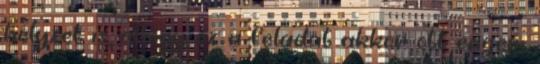
helyzet is, ahogy ez a feladat akkor ott engem